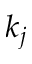
k _ { j }